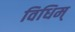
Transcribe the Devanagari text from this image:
विधिम्